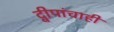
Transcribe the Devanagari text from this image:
द्वीपांचाही